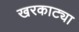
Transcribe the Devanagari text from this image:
खरकाट्या